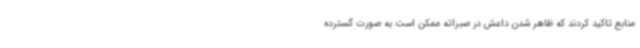
منابع تاکید کردند که ظاهر شدن داعش در صبراته ممکن است به صورت گسترده